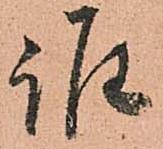
誰